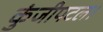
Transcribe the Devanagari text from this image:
कुंजीपटल।